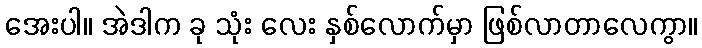
အေးပါ။ အဲဒါက ခု သုံး လေး နှစ်လောက်မှာ ဖြစ်လာတာလေကွာ။